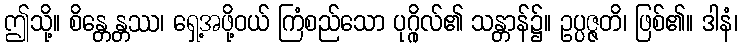
ဤသို့။ စိန္တေန္တဿ၊ ရှေ့အဖို့ဝယ် ကြံစည်သော ပုဂ္ဂိုလ်၏ သန္တာန်၌။ ဥပ္ပဇ္ဇတိ၊ ဖြစ်၏။ ဒါနံ၊